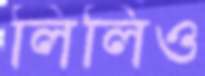
লিলিও